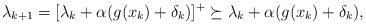
LaTeX: \begin{align*}\lambda_{k+1} = [\lambda_{k} + \alpha (g(x_k) + \delta_k) ]^+ \succeq \lambda_k + \alpha (g(x_k)+ \delta_k ),\end{align*}